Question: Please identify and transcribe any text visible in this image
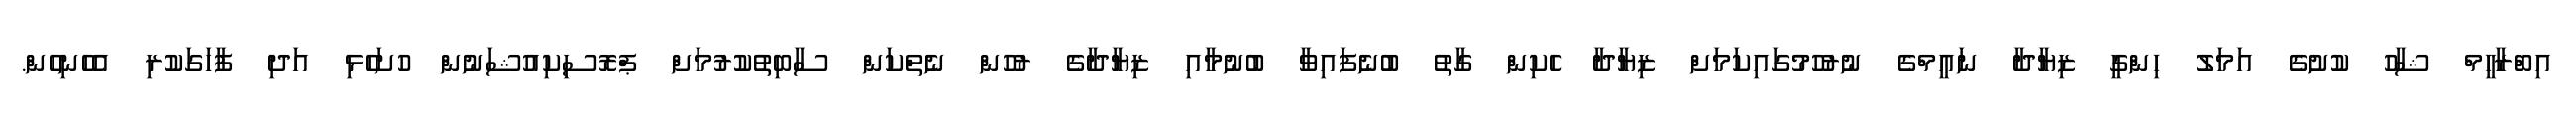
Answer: އިބްރާހީމް ޝާހު ކުށުގެ އަމަލު ހިންގީ ޒިޔާދާ ނައީމްގެ ނުރުހުމުގައިކަމަށް ޒިޔާދާ ހެކިން ގާތު ބުނެފައިވާ ބުނުމާއި ޒިޔާދާގެ ރުހުން ނެތްކަން ސާބިތުކުރުމަށް ޕްރޮސިކިއުޝަނުން ހުށަހެޅި އަދި ފާހަގަކުރި އެހެނިހެން.